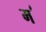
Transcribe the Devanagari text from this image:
म॔